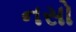
નસો